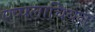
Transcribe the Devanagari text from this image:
एप्पलाचियन